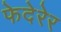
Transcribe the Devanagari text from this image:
फेदेरेर